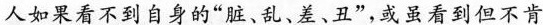
人如果看不到自身的“脏、乱、差、丑”，戒虽看到但不肯